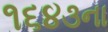
૧૬૪૩ના